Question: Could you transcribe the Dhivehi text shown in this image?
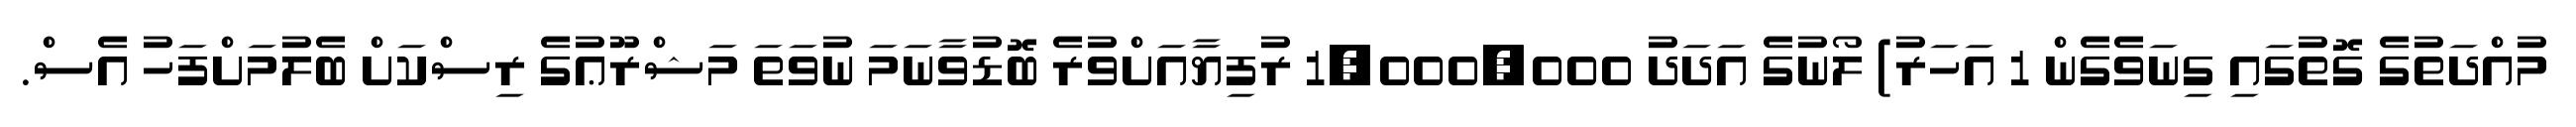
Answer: މުއްދަތުގެ ގޮތުގައި ގިނަވެގެން 1 އަހަރު) ލޯނުގެ އަދަދު 1,000,000 ރުފިޔާއަށްވުރެ ބޮޑުވާނަމަ ނުވަތަ މަޝްރޫޢުގެ ރިސްކަށް ބެލުމަށްފަހު އެސް.